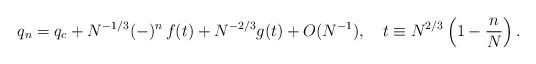
LaTeX: \begin{align*}q_n = q_c + N^{-1/3} (-)^n\, f(t)+ N^{-2/3} g(t) + O(N^{-1}),\ \ \ t\equiv N^{2/3}\left(1-\frac{n}{N}\right) .\end{align*}